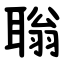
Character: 聬